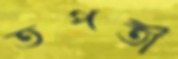
তপতী